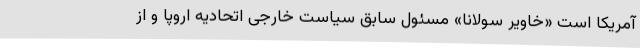
آمریکا است «خاویر سولانا» مسئول سابق سیاست خارجی اتحادیه اروپا و از